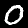
Label: 0